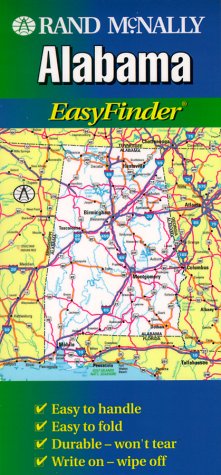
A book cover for Alabama (EasyFinder); Travel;